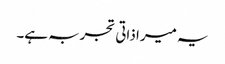
یہ میرا ذاتی تجربہ ہے۔